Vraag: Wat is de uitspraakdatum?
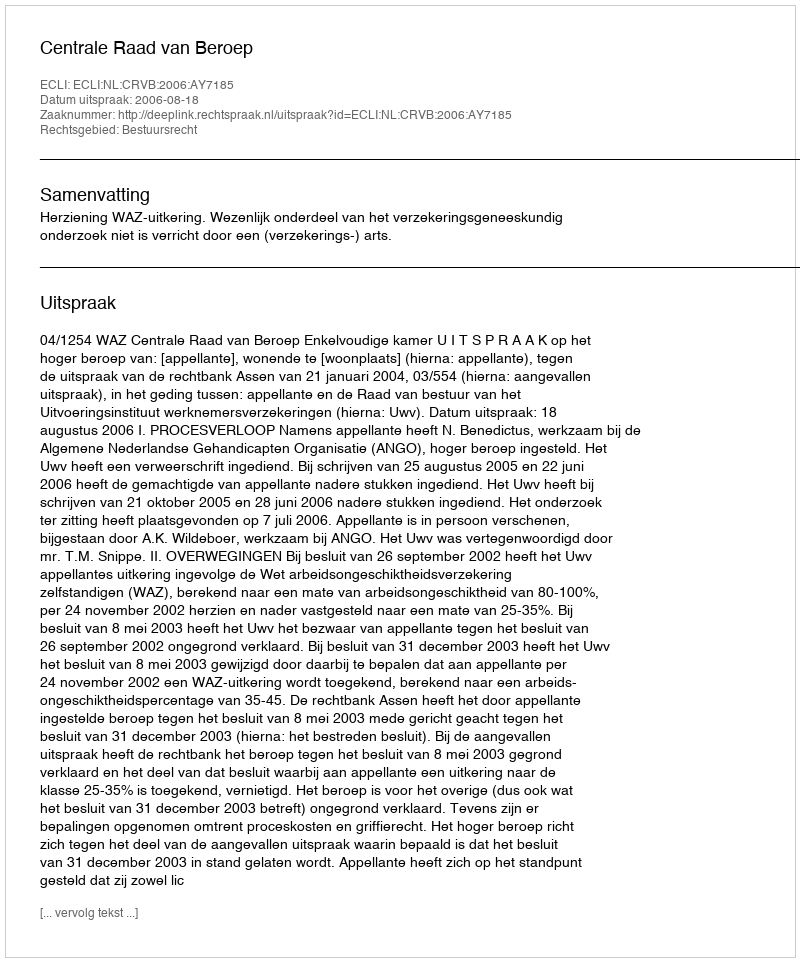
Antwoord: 2006-08-18